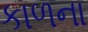
કાળના